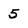
Character: 5